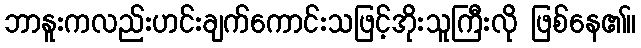
ဘာနူးကလည်းဟင်းချက်ကောင်းသဖြင့်အိုးသူကြီးလို ဖြစ်နေ၏။